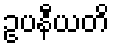
ဥပနီယတိ